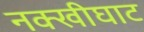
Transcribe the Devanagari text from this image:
नक्खीघाट